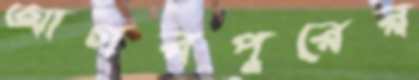
আগরপুরের